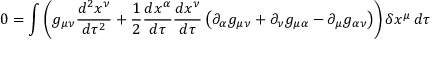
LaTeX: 0 = \int \left( g _ { \mu \nu } { \frac { d ^ { 2 } x ^ { \nu } } { d \tau ^ { 2 } } } + { \frac { 1 } { 2 } } { \frac { d x ^ { \alpha } } { d \tau } } { \frac { d x ^ { \nu } } { d \tau } } \left( \partial _ { \alpha } g _ { \mu \nu } + \partial _ { \nu } g _ { \mu \alpha } - \partial _ { \mu } g _ { \alpha \nu } \right) \right) \delta x ^ { \mu } \, d \tau